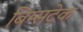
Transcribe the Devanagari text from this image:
बिम्सटेक